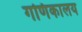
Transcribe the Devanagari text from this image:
गणिकालय